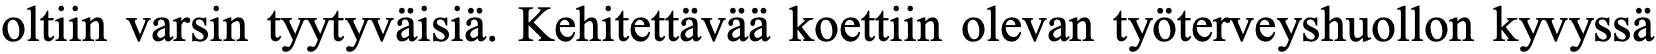
oltiin varsin tyytyväisiä. Kehitettävää koettiin olevan työterveyshuollon kyvyssä